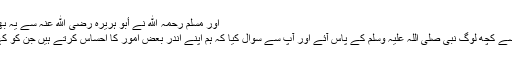
اور مسلم رحمہ الله نے أبو ہریرہ رضی الله عنہ سے يہ بھی روایت کی ہے:
صحابہ کرام میں سے کچھ لوگ نبی صلی اللہ علیہ وسلم کے پاس آئے اور آپ سے سوال کیا کہ ہم اپنے اندر بعض امور کا احساس کرتے ہیں جن کو کہنا بھاری لگتا ہے۔